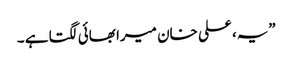
”یہ، علی خان میرا بھائی لگتا ہے ۔